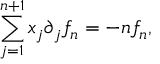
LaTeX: \sum _ { j = 1 } ^ { n + 1 } x _ { j } \partial _ { j } f _ { n } = - n f _ { n } ,